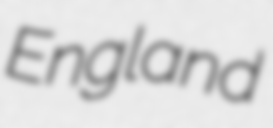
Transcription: England